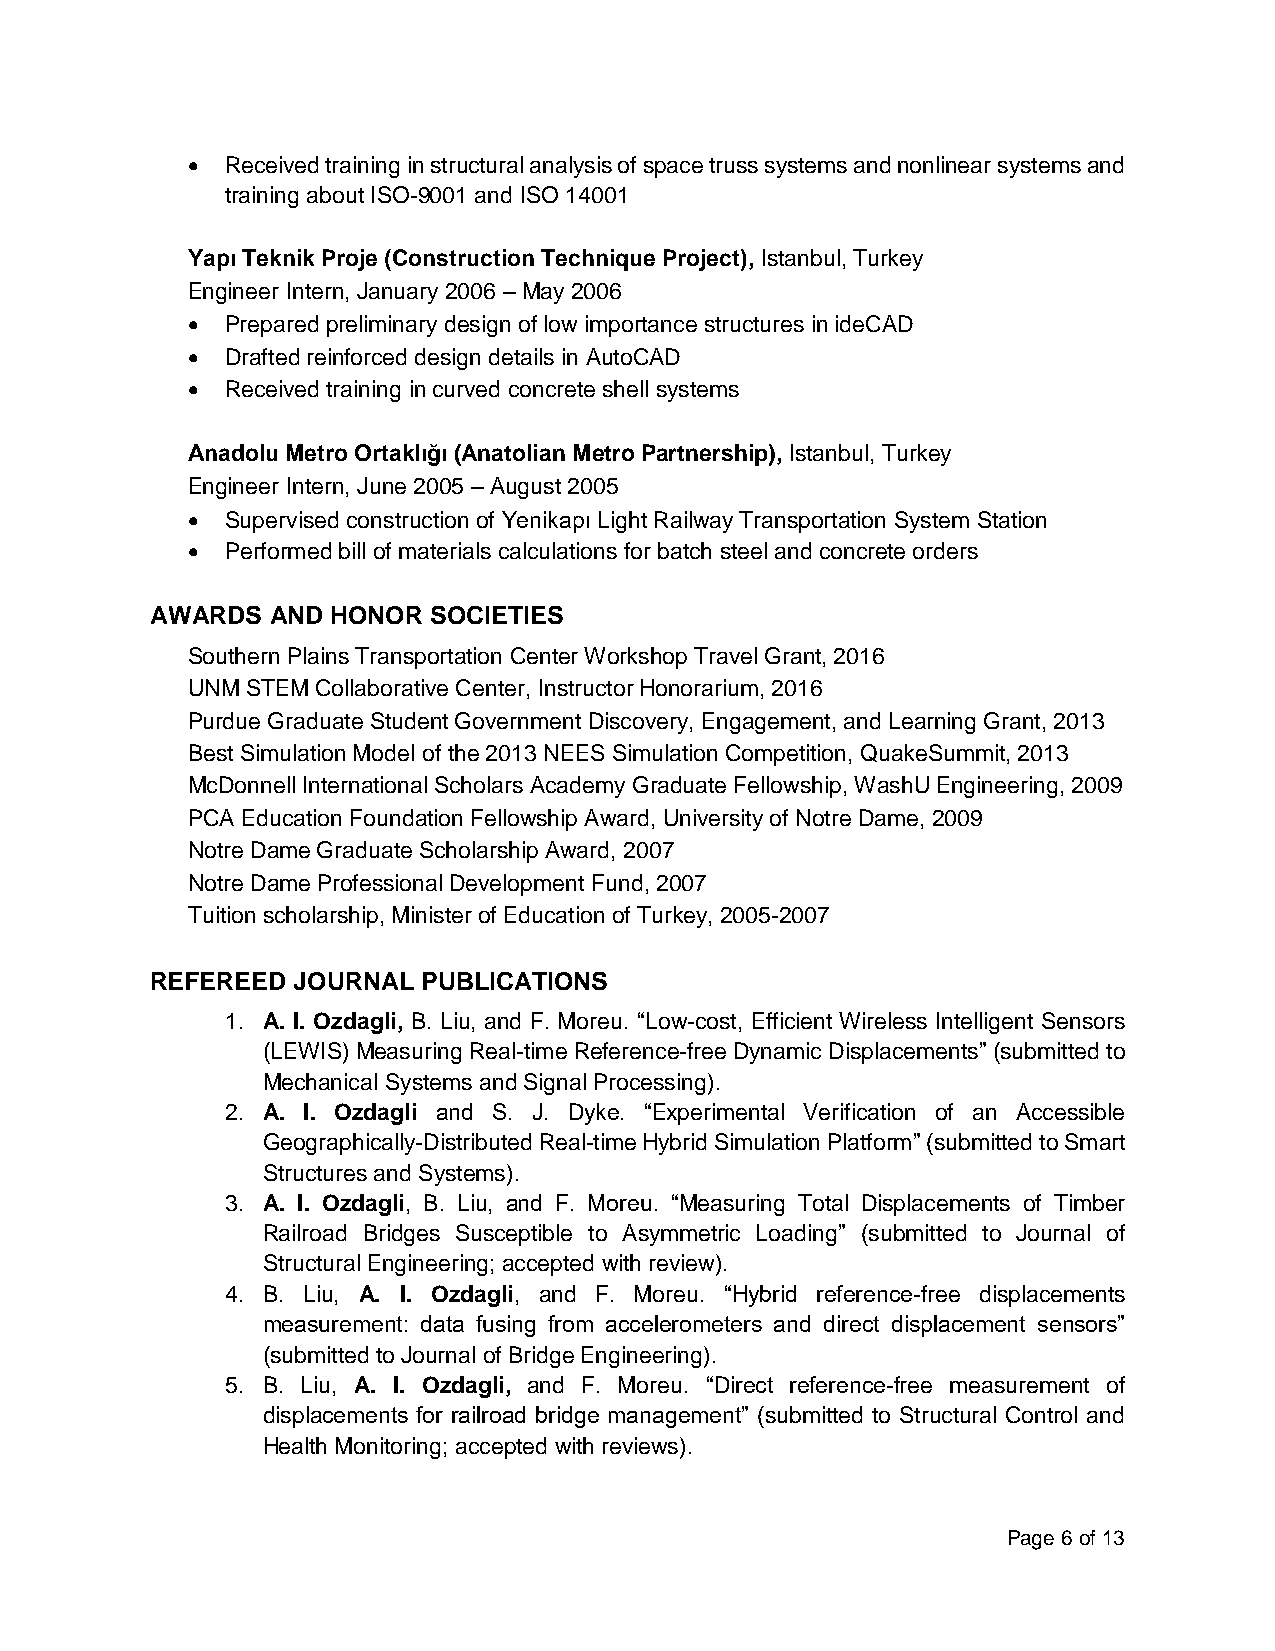
•  Received training in structural analysis of space truss systems and nonlinear systems and
 training about ISO-9001 and ISO 14001
 Yapı Teknik Proje (Construction Technique Project), Istanbul, Turkey
 Engineer Intern, January 2006 – May 2006
 •  Prepared preliminary design of low importance structures in ideCAD
 •  Drafted reinforced design details in AutoCAD
 •  Received training in curved concrete shell systems
 Anadolu Metro Ortaklığı (Anatolian Metro Partnership), Istanbul, Turkey
 Engineer Intern, June 2005 – August 2005
 •  Supervised construction of Yenikapı Light Railway Transportation System Station
 •  Performed bill of materials calculations for batch steel and concrete orders
 AWARDS  AND HONOR  SOCIETIES
 Southern Plains Transportation Center Workshop Travel Grant, 2016
 UNM STEM Collaborative Center, Instructor Honorarium, 2016
 Purdue Graduate Student Government Discovery, Engagement, and Learning Grant, 2013
 Best Simulation Model of the 2013 NEES Simulation Competition, QuakeSummit, 2013
 McDonnell International Scholars Academy Graduate Fellowship, WashU Engineering, 2009
 PCA Education Foundation Fellowship Award, University of Notre Dame, 2009
 Notre Dame Graduate Scholarship Award, 2007
 Notre Dame Professional Development Fund, 2007
 Tuition scholarship, Minister of Education of Turkey, 2005-2007
 REFEREED JOURNAL  PUBLICATIONS
 1. A. I. Ozdagli, B. Liu, and F. Moreu. “Low-cost, Efficient Wireless Intelligent Sensors
 (LEWIS) Measuring Real-time Reference-free Dynamic Displacements” (submitted to
 Mechanical Systems and Signal Processing).
 2. A. I. Ozdagli and S. J. Dyke. “Experimental Verification of an Accessible
 Geographically-Distributed Real-time Hybrid Simulation Platform” (submitted to Smart
 Structures and Systems).
 3. A. I. Ozdagli, B. Liu, and F. Moreu. “Measuring Total Displacements of Timber
 Railroad Bridges Susceptible to Asymmetric Loading” (submitted to Journal of
 Structural Engineering; accepted with review).
 4. B. Liu, A. I. Ozdagli, and F. Moreu. “Hybrid reference-free displacements
 measurement: data fusing from accelerometers and direct displacement sensors”
 (submitted to Journal of Bridge Engineering).
 5. B. Liu, A. I. Ozdagli, and F. Moreu. “Direct reference-free measurement of
 displacements for railroad bridge management” (submitted to Structural Control and
 Health Monitoring; accepted with reviews).
 Page 6 of 13